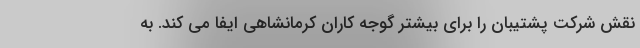
نقش شرکت پشتیبان را برای بیشتر گوجه کاران کرمانشاهی ایفا می کند. به